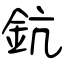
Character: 鈧